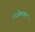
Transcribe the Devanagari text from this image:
राजेश्वरकर